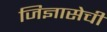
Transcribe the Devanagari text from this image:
जिज्ञासेची